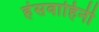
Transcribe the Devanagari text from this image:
हंसवाहिनी